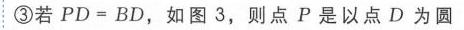
\textcircled{3}若$PD = BD$，如图3，则点$P$是以点$D$为圆